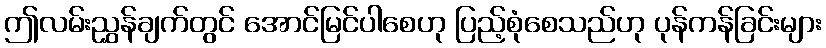
ဤလမ်းညွှန်ချက်တွင် အောင်မြင်ပါစေဟု ပြည့်စုံစေသည်ဟု ပုန်ကန်ခြင်းများ